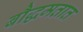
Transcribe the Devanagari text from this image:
बौद्धमतात